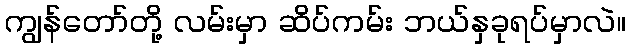
ကျွန်တော်တို့ လမ်းမှာ ဆိပ်ကမ်း ဘယ်နှခုရပ်မှာလဲ။